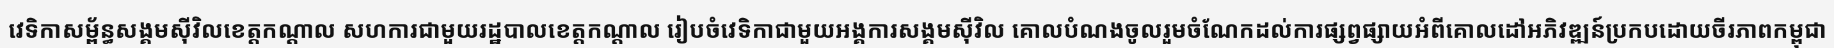
វេទិកាសម្ព័ន្ធសង្គមស៊ីវិលខេត្តកណ្តាល សហការជាមួយរដ្ឋបាលខេត្តកណ្តាល រៀបចំវេទិកាជាមួយអង្គការសង្គមស៊ីវិល គោលបំណងចូលរួមចំណែកដល់ការផ្សព្វផ្សាយអំពីគោលដៅអភិវឌ្ឍន៍ប្រកបដោយចីរភាពកម្ពុជា